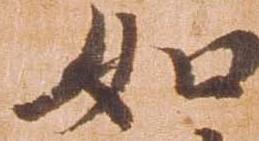
如